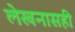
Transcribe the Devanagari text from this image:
लेखनासही